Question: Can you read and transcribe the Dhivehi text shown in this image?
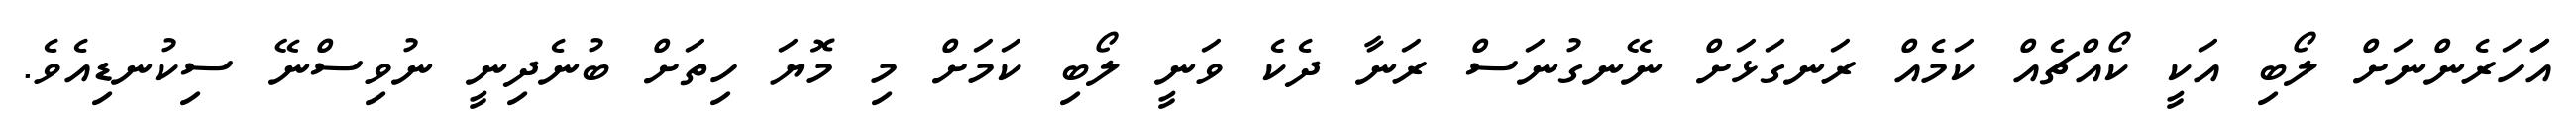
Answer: އަަހަރެންނަށް ލޯބި އަކީ ކޯއްޗެއް ކަމެއް ރަނގަޅަށް ނޭނގުނަސް ރަނާ ދެކެ ވަނީ ލޯބި ކަމަށް މި މޮޔަ ހިތަށް ބުނެދިނީ ނުވިސްނޭ ސިކުނޑިއެވެ.